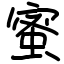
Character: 蜜